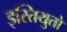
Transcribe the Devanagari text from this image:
इस्तियुतो